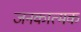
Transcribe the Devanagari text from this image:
जनकात्मक